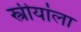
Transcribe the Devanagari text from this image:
स्त्रीयांला